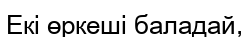
Екі өркеші баладай,